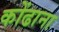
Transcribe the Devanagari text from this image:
कोंढाना